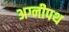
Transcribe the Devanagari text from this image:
अग्नीपथ